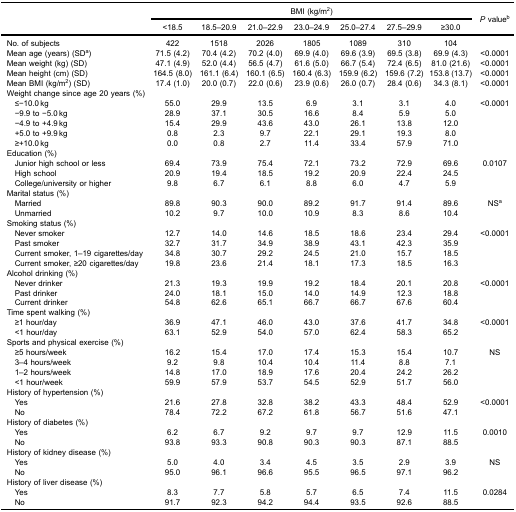
<table><thead><tr><td><b> </b></td><td colspan="7"><b>BMI (kg/m<sup>2</sup>)</b></td><td rowspan="3"><b><i>P</i> value<sup>b</sup></b></td></tr><tr><td><b> </b></td><td><b>&lt;18.5</b></td><td><b>18.5–20.9</b></td><td><b>21.0–22.9</b></td><td><b>23.0–24.9</b></td><td><b>25.0–27.4</b></td><td><b>27.5–29.9</b></td><td><b>≥30.0</b></td></tr></thead><tbody><tr><td>No. of subjects</td><td>422</td><td>1518</td><td>2026</td><td>1805</td><td>1089</td><td>310</td><td>104</td><td> </td></tr><tr><td>Mean age (years) (SD<sup>a</sup>)</td><td>71.5 (4.2)</td><td>70.4 (4.2)</td><td>70.2 (4.0)</td><td>69.9 (4.0)</td><td>69.6 (3.9)</td><td>69.5 (3.8)</td><td>69.9 (4.3)</td><td>&lt;0.0001</td></tr><tr><td>Mean weight (kg) (SD)</td><td>47.1 (4.9)</td><td>52.0 (4.4)</td><td>56.5 (4.7)</td><td>61.6 (5.0)</td><td>66.7 (5.4)</td><td>72.4 (6.5)</td><td>81.0 (21.6)</td><td>&lt;0.0001</td></tr><tr><td>Mean height (cm) (SD)</td><td>164.5 (8.0)</td><td>161.1 (6.4)</td><td>160.1 (6.5)</td><td>160.4 (6.3)</td><td>159.9 (6.2)</td><td>159.6 (7.2)</td><td>153.8 (13.7)</td><td>&lt;0.0001</td></tr><tr><td>Mean BMI (kg/m<sup>2</sup>) (SD)</td><td>17.4 (1.0)</td><td>20.0 (0.7)</td><td>22.0 (0.6)</td><td>23.9 (0.6)</td><td>26.0 (0.7)</td><td>28.4 (0.6)</td><td>34.3 (8.1)</td><td>&lt;0.0001</td></tr><tr><td>Weight change since age 20 years (%)</td><td> </td><td> </td><td> </td><td> </td><td> </td><td> </td><td> </td><td> </td></tr><tr><td> ≤−10.0 kg</td><td>55.0</td><td>29.9</td><td>13.5</td><td>6.9</td><td>3.1</td><td>3.1</td><td>4.0</td><td>&lt;0.0001</td></tr><tr><td> −9.9 to −5.0 kg</td><td>28.9</td><td>37.1</td><td>30.5</td><td>16.6</td><td>8.4</td><td>5.9</td><td>5.0</td><td> </td></tr><tr><td> −4.9 to +4.9 kg</td><td>15.4</td><td>29.9</td><td>43.6</td><td>43.0</td><td>26.1</td><td>13.8</td><td>12.0</td><td> </td></tr><tr><td> +5.0 to +9.9 kg</td><td>0.8</td><td>2.3</td><td>9.7</td><td>22.1</td><td>29.1</td><td>19.3</td><td>8.0</td><td> </td></tr><tr><td> ≥+10.0 kg</td><td>0.0</td><td>0.8</td><td>2.7</td><td>11.4</td><td>33.4</td><td>57.9</td><td>71.0</td><td> </td></tr><tr><td>Education (%)</td><td> </td><td> </td><td> </td><td> </td><td> </td><td> </td><td> </td><td> </td></tr><tr><td> Junior high school or less</td><td>69.4</td><td>73.9</td><td>75.4</td><td>72.1</td><td>73.2</td><td>72.9</td><td>69.6</td><td>0.0107</td></tr><tr><td> High school</td><td>20.9</td><td>19.4</td><td>18.5</td><td>19.2</td><td>20.9</td><td>22.4</td><td>24.5</td><td> </td></tr><tr><td> College/university or higher</td><td>9.8</td><td>6.7</td><td>6.1</td><td>8.8</td><td>6.0</td><td>4.7</td><td>5.9</td><td> </td></tr><tr><td>Marital status (%)</td><td> </td><td> </td><td> </td><td> </td><td> </td><td> </td><td> </td><td> </td></tr><tr><td> Married</td><td>89.8</td><td>90.3</td><td>90.0</td><td>89.2</td><td>91.7</td><td>91.4</td><td>89.6</td><td>NS<sup>a</sup></td></tr><tr><td> Unmarried</td><td>10.2</td><td>9.7</td><td>10.0</td><td>10.9</td><td>8.3</td><td>8.6</td><td>10.4</td><td> </td></tr><tr><td>Smoking status (%)</td><td> </td><td> </td><td> </td><td> </td><td> </td><td> </td><td> </td><td> </td></tr><tr><td> Never smoker</td><td>12.7</td><td>14.0</td><td>14.6</td><td>18.5</td><td>18.6</td><td>23.4</td><td>29.4</td><td>&lt;0.0001</td></tr><tr><td> Past smoker</td><td>32.7</td><td>31.7</td><td>34.9</td><td>38.9</td><td>43.1</td><td>42.3</td><td>35.9</td><td> </td></tr><tr><td> Current smoker, 1–19 cigarettes/day</td><td>34.8</td><td>30.7</td><td>29.2</td><td>24.5</td><td>21.0</td><td>15.7</td><td>18.5</td><td> </td></tr><tr><td> Current smoker, ≥20 cigarettes/day</td><td>19.8</td><td>23.6</td><td>21.4</td><td>18.1</td><td>17.3</td><td>18.5</td><td>16.3</td><td> </td></tr><tr><td>Alcohol drinking (%)</td><td> </td><td> </td><td> </td><td> </td><td> </td><td> </td><td> </td><td> </td></tr><tr><td> Never drinker</td><td>21.3</td><td>19.3</td><td>19.9</td><td>19.2</td><td>18.4</td><td>20.1</td><td>20.8</td><td>&lt;0.0001</td></tr><tr><td> Past drinker</td><td>24.0</td><td>18.1</td><td>15.0</td><td>14.0</td><td>14.9</td><td>12.3</td><td>18.8</td><td> </td></tr><tr><td> Current drinker</td><td>54.8</td><td>62.6</td><td>65.1</td><td>66.7</td><td>66.7</td><td>67.6</td><td>60.4</td><td> </td></tr><tr><td>Time spent walking (%)</td><td> </td><td> </td><td> </td><td> </td><td> </td><td> </td><td> </td><td> </td></tr><tr><td> ≥1 hour/day</td><td>36.9</td><td>47.1</td><td>46.0</td><td>43.0</td><td>37.6</td><td>41.7</td><td>34.8</td><td>&lt;0.0001</td></tr><tr><td> &lt;1 hour/day</td><td>63.1</td><td>52.9</td><td>54.0</td><td>57.0</td><td>62.4</td><td>58.3</td><td>65.2</td><td> </td></tr><tr><td>Sports and physical exercise (%)</td><td> </td><td> </td><td> </td><td> </td><td> </td><td> </td><td> </td><td> </td></tr><tr><td> ≥5 hours/week</td><td>16.2</td><td>15.4</td><td>17.0</td><td>17.4</td><td>15.3</td><td>15.4</td><td>10.7</td><td>NS</td></tr><tr><td> 3–4 hours/week</td><td>9.2</td><td>9.8</td><td>10.4</td><td>10.4</td><td>11.4</td><td>8.8</td><td>7.1</td><td> </td></tr><tr><td> 1–2 hours/week</td><td>14.8</td><td>17.0</td><td>18.9</td><td>17.6</td><td>20.4</td><td>24.2</td><td>26.2</td><td> </td></tr><tr><td> &lt;1 hour/week</td><td>59.9</td><td>57.9</td><td>53.7</td><td>54.5</td><td>52.9</td><td>51.7</td><td>56.0</td><td> </td></tr><tr><td>History of hypertension (%)</td><td> </td><td> </td><td> </td><td> </td><td> </td><td> </td><td> </td><td> </td></tr><tr><td> Yes</td><td>21.6</td><td>27.8</td><td>32.8</td><td>38.2</td><td>43.3</td><td>48.4</td><td>52.9</td><td>&lt;0.0001</td></tr><tr><td> No</td><td>78.4</td><td>72.2</td><td>67.2</td><td>61.8</td><td>56.7</td><td>51.6</td><td>47.1</td><td> </td></tr><tr><td>History of diabetes (%)</td><td> </td><td> </td><td> </td><td> </td><td> </td><td> </td><td> </td><td> </td></tr><tr><td> Yes</td><td>6.2</td><td>6.7</td><td>9.2</td><td>9.7</td><td>9.7</td><td>12.9</td><td>11.5</td><td>0.0010</td></tr><tr><td> No</td><td>93.8</td><td>93.3</td><td>90.8</td><td>90.3</td><td>90.3</td><td>87.1</td><td>88.5</td><td> </td></tr><tr><td>History of kidney disease (%)</td><td> </td><td> </td><td> </td><td> </td><td> </td><td> </td><td> </td><td> </td></tr><tr><td> Yes</td><td>5.0</td><td>4.0</td><td>3.4</td><td>4.5</td><td>3.5</td><td>2.9</td><td>3.9</td><td>NS</td></tr><tr><td> No</td><td>95.0</td><td>96.1</td><td>96.6</td><td>95.5</td><td>96.5</td><td>97.1</td><td>96.2</td><td> </td></tr><tr><td>History of liver disease (%)</td><td> </td><td> </td><td> </td><td> </td><td> </td><td> </td><td> </td><td> </td></tr><tr><td> Yes</td><td>8.3</td><td>7.7</td><td>5.8</td><td>5.7</td><td>6.5</td><td>7.4</td><td>11.5</td><td>0.0284</td></tr><tr><td> No</td><td>91.7</td><td>92.3</td><td>94.2</td><td>94.4</td><td>93.5</td><td>92.6</td><td>88.5</td><td> </td></tr></tbody></table>